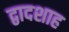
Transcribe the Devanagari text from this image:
द्वादशाह